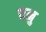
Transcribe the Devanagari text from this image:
वनु